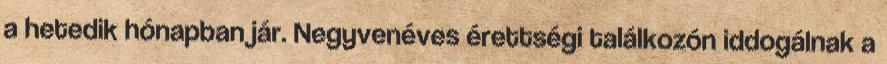
a hetedik hónapban jár. Negyvenéves érettségi találkozón iddogálnak a